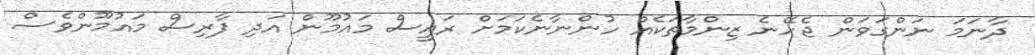
ދާނަމަ ނަންގަވަން ޖެހޭނެ ޒިންމާތަކެއް ހުންނާނެކަމަށް ރައީސް މައުމޫން އަދި ފާރިސް މައުމޫންވެސް